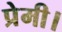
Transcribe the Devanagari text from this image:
प्रेमी।